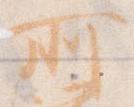
所